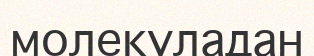
молекуладан